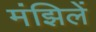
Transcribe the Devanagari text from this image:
मंझिलें